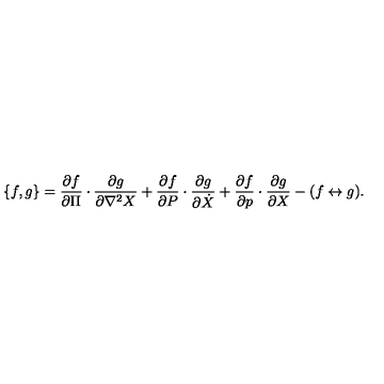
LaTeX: \{ f , g \} = { \frac { \partial f } { \partial \Pi } } \cdot { \frac { \partial g } { \partial \nabla ^ { 2 } X } } + { \frac { \partial f } { \partial P } } \cdot { \frac { \partial g } { \partial \dot { X } } } + { \frac { \partial f } { \partial p } } \cdot { \frac { \partial g } { \partial X } } - ( f \leftrightarrow g ) .